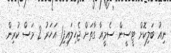
ނިއު ބަލިކޮށް ޓީސީން ސެމީއާ ގާތަށް ޖެހިލައިފި1 އަހަރު 2 މަސް ކުރިން.